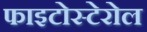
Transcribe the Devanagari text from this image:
फाइटोस्टेरोल